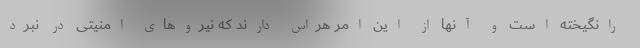
رانگیخته است و آنها از این امر هراس دارند که نیروهای امنیتی در نبرد